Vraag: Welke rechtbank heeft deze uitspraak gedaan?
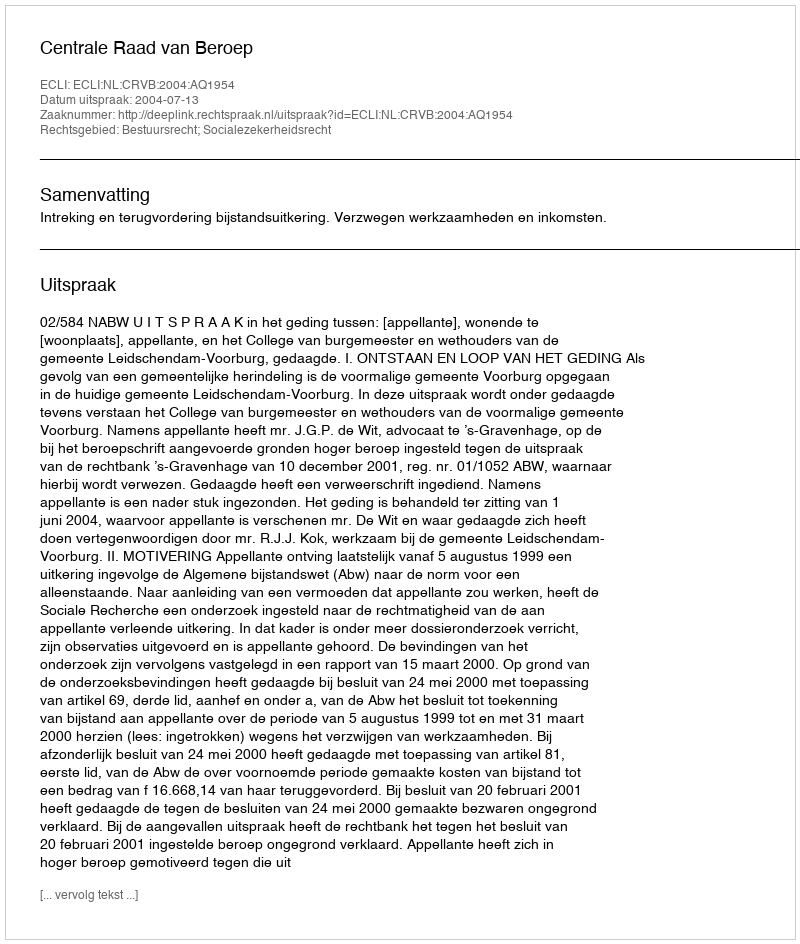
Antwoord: Centrale Raad van Beroep